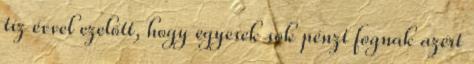
tíz évvel ezelőtt, hogy egyesek sok pénzt fognak azért